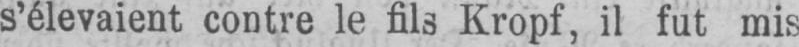
s’élevaient contre le fils Kropf, il fut mis